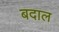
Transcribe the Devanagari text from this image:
बदाल